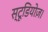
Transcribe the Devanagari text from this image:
स्टूडियोज़।